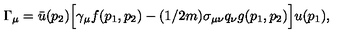
\Gamma _ { \mu } = \bar { u } ( p _ { 2 } ) \Big [ \gamma _ { \mu } f ( p _ { 1 } , p _ { 2 } ) - ( 1 / 2 m ) \sigma _ { \mu \nu } q _ { \nu } g ( p _ { 1 } , p _ { 2 } ) \Big ] u ( p _ { 1 } ) ,